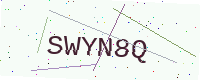
Text: SWYN8Q